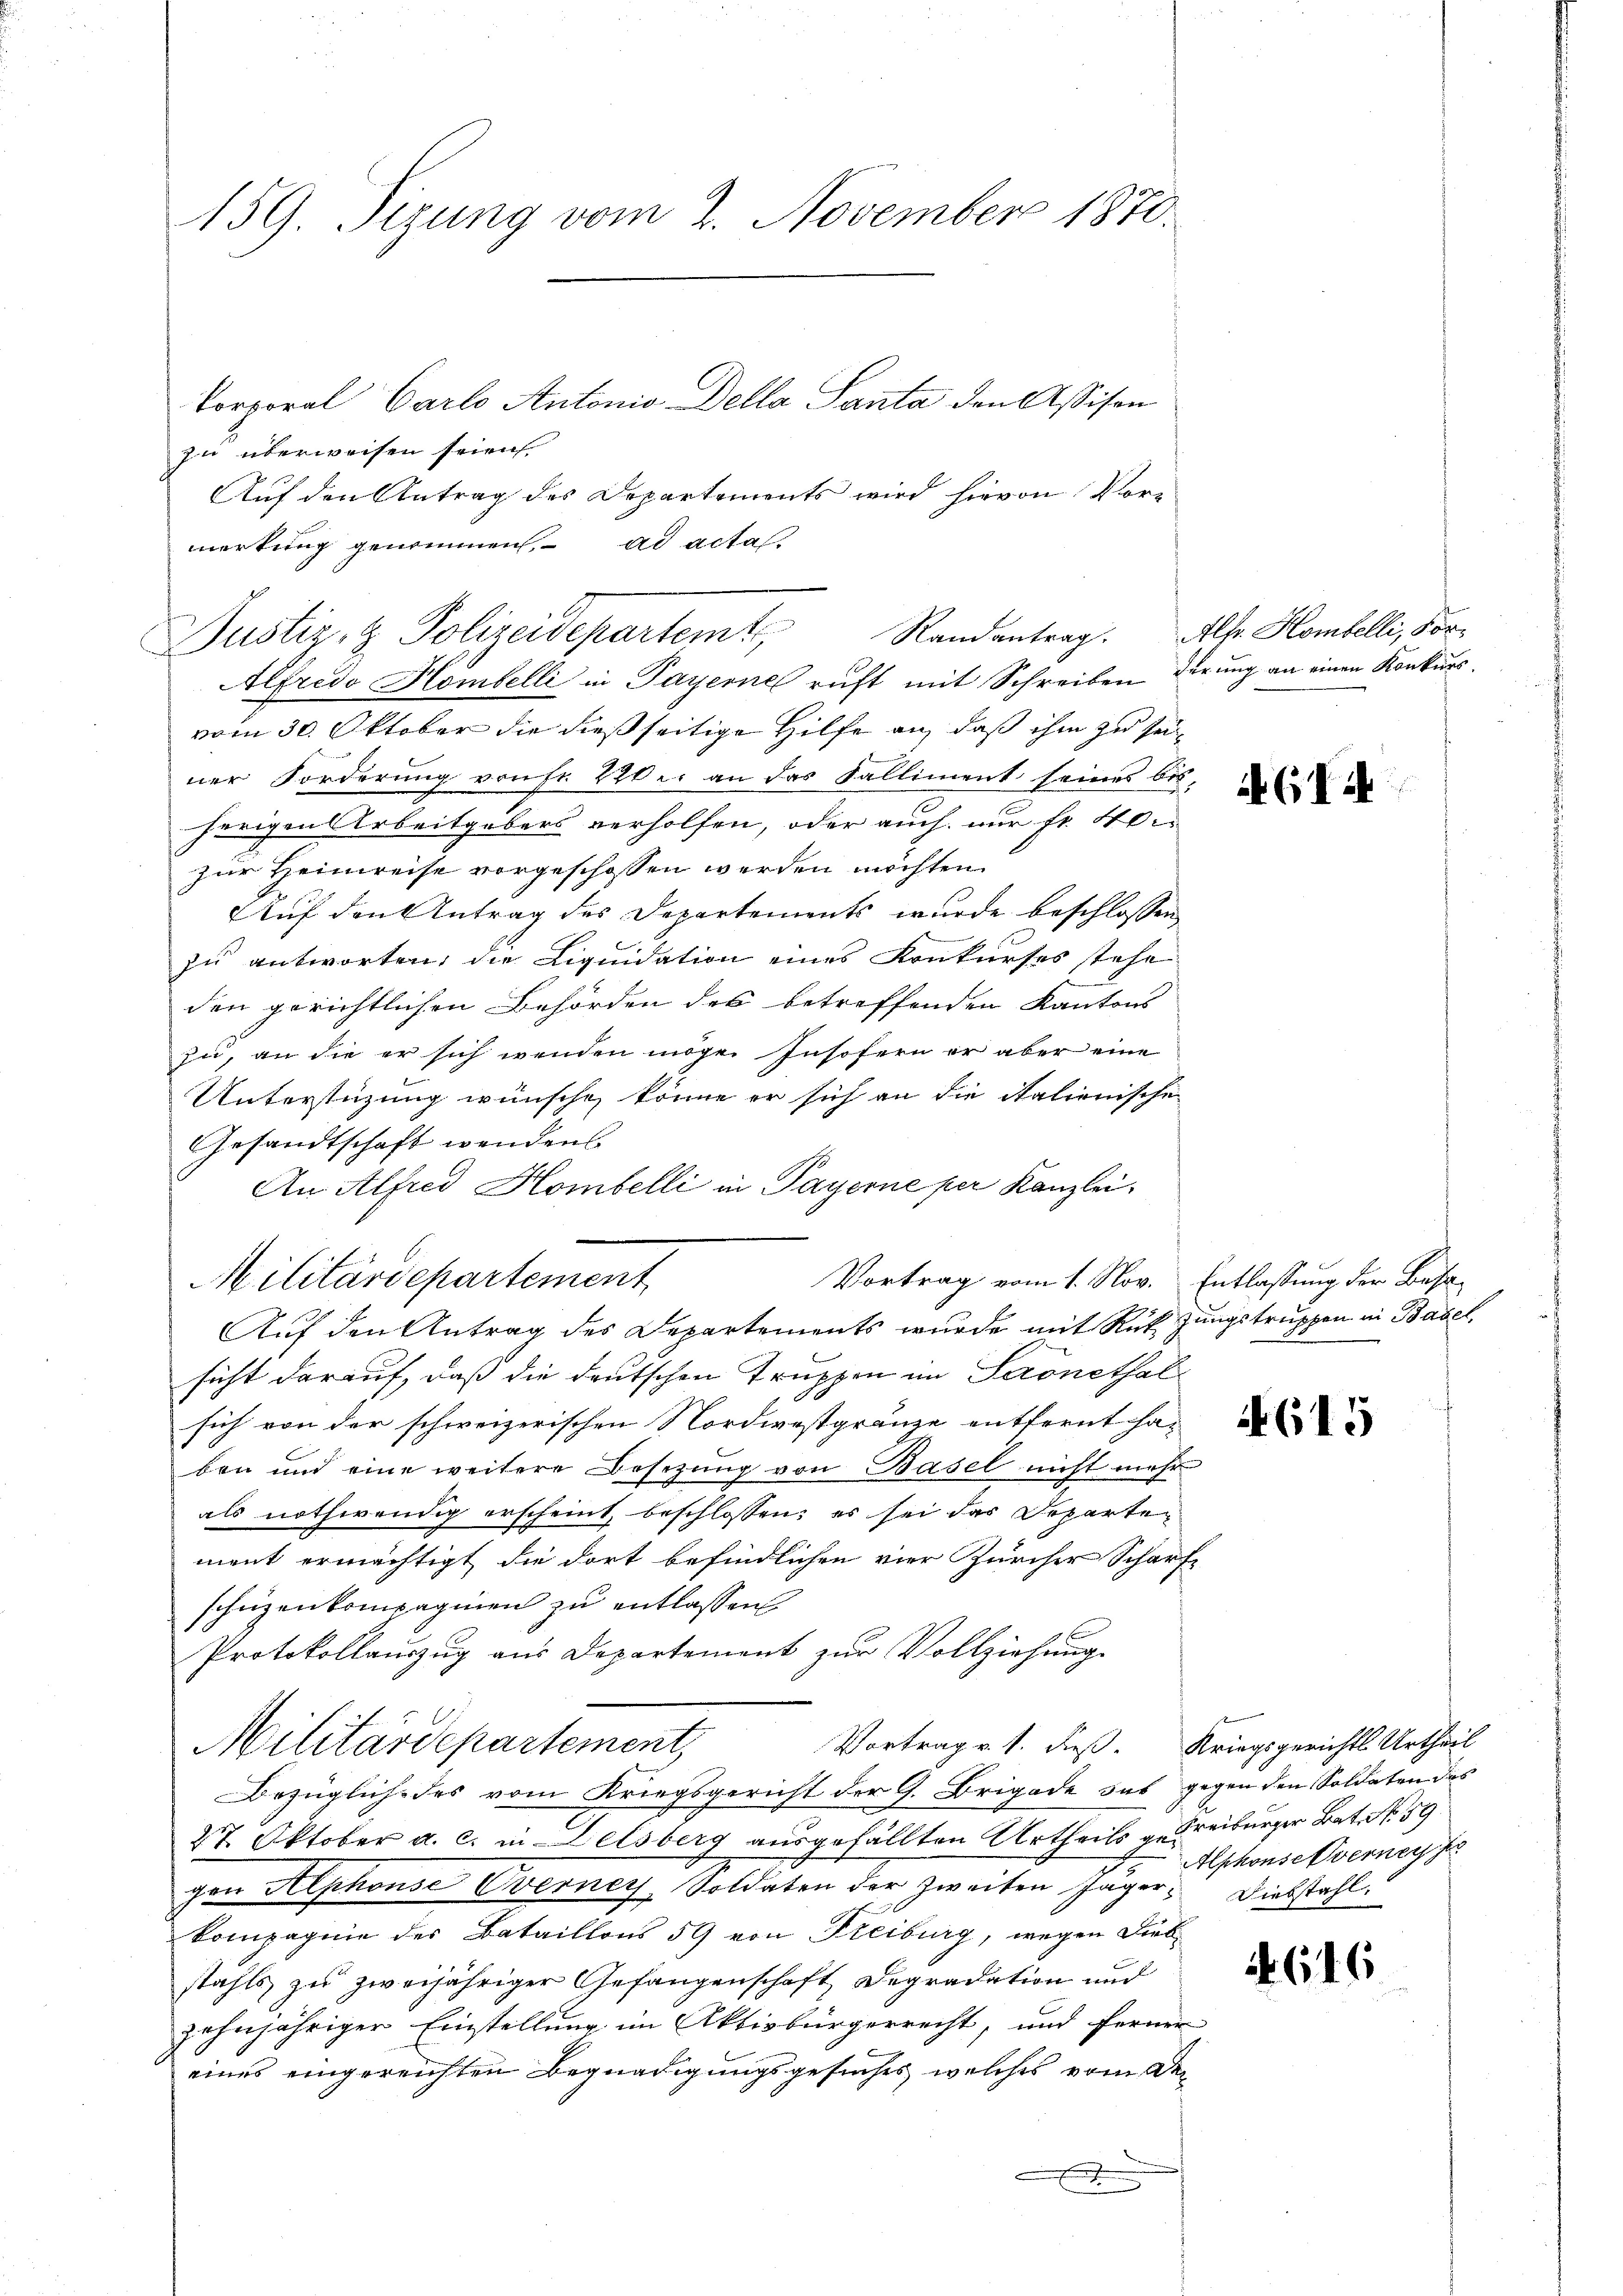
159. Sizung vom 2. November 1870.

Vorporal Carlo Antonio Della Panta den Assison
zu überweisen seien
Auf den Antrag des Departements wird hievon Vormerkung genommen. ad actas.

Justiz- & Polizeidepartemt,

Militärdepartement

Vortrag vom 1. Nov. Entlassung der Besa¬

Alfredo Hombelli in Payerne ruft mit Schreiben derung an einen Konkursvom 30. Oktober die dießseitige Hilfe an, daß ihm zu se
ner Forderung von fr. 220 l. an das Falliment seines bis-
herigen Arbeitgebers verholfen, oder auch nur fr. 40
zur Heimreise vorgeschossen werden möchten.
Auf den Antrag des Departements wurde beschlossen
zu antworten, die Liquidation eines Konkurses stehe
den gerichtlichen Behörden des betreffenden Kantons
zu, an die er sich wenden mögen Insofern er aber eine
Unterstüzung wünsche, könne er sich an die Stalienische
Gesandtschaft wendens
An Alfred Hombelli in Payerne per Kanzlei
Auf den Antrag des Departements wurde mit Rückzungstruppen in Basel,
sicht darauf, daß die deutschen Truppen im Seronethal
sich von der schweizerischen Nordwestgränze entfernt ha-
ben und eine weitere Besetzung von Basel nicht mehr
als nothwendig erscheint, beschlossen; es sei das Departen
ment ermächtigt die dort befindlichen vier Zürcher Scharf
schüzenkompagnien zu entlassen.
Protokollauszug aus Departement zur Vollziehung
Vortrag v. 1. dieß. Kriegsgerichts Urtheil
Militärdepartement,
Bezügliche des vom Kriegsgericht der G. Brigade das gegen den Soldaten des
27. Oktober a. c. in Delsberg ausgefällten Urtheils v. Freiburger Bat. N. 59
gen Alphonse verney-Soldaten der zweiten Jäger- Diebstahl.
kompagnie des Bataillons 59 von Freiburg, wegen Diebstahls zu zweijähriger Gefangenschaft Degradation und
zehnjähriger Einstellung im Aktivbürgerrecht, und ferner
eines eingereichten Begnadigungsgesuches welches vom Den

.

Randantrag. Als Kombelli, For¬

(14

615

Alphonse verney f

4616